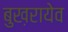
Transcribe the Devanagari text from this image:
बुख़रायेव